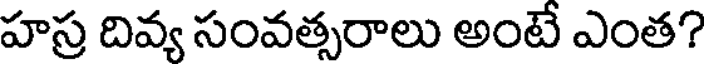
హస్ర దివ్య సంవత్సరాలు అంటే ఎంత?